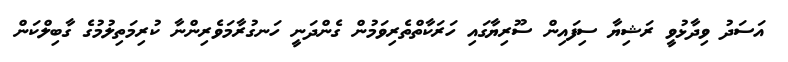
އަސަދު ވިދާޅުވީ ރަޝިޔާ ސިފައިން ސޫރިޔާގައި ހަރަކާތްތެރިވަމުން ގެންދަނީ ހަނގުރާމަވެރިންނާ ކުރިމަތިލުމުގެ ގާބިލްކަން